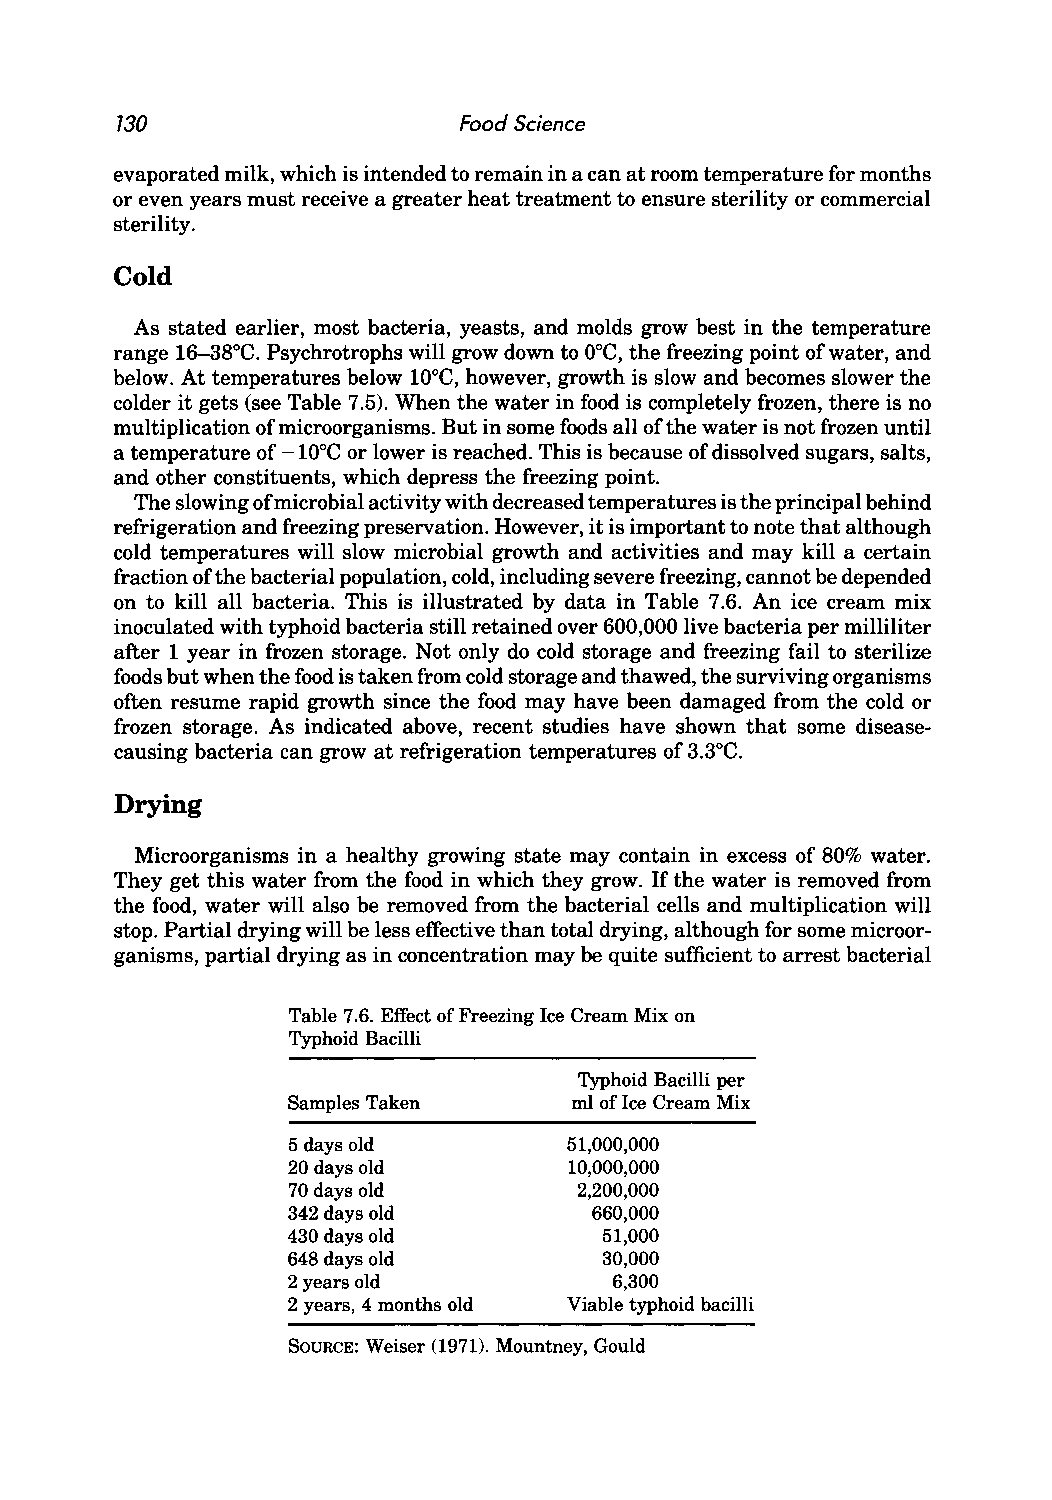
730                   Food Science
 evaporated milk, which is intended to remain in a can at room temperature for months
 or even years must receive a greater heat treatment to ensure sterility or commercial
 sterility.
 Cold
 As stated earlier, most bacteria, yeasts, and molds grow best in the temperature
 range 16--38°C. Psychrotrophs will grow down to O°C, the freezing point of water, and
 below. At temperatures below lOoC, however, growth is slow and becomes slower the
 colder it gets (see Table 7.5). When the water in food is completely frozen, there is no
 multiplication of microorganisms. But in some foods all of the water is not frozen until
 a temperature of -lOoC or lower is reached. This is because of dissolved sugars, salts,
 and other constituents, which depress the freezing point.
 The slowing of microbial activity with decreased temperatures is the principal behind
 refrigeration and freezing preservation. However, it is important to note that although
 cold temperatures will slow microbial growth and activities and may kill a certain
 fraction of the bacterial population, cold, including severe freezing, cannot be depended
 on to kill all bacteria. This is illustrated by data in Table 7.6. An ice cream mix
 inoculated with typhoid bacteria still retained over 600,000 live bacteria per milliliter
 after 1 year in frozen storage. Not only do cold storage and freezing fail to sterilize
 foods but when the food is taken from cold storage and thawed, the surviving organisms
 often resume rapid growth since the food may have been damaged from the cold or
 frozen storage. As indicated above, recent studies have shown that some disease
 causing bacteria can grow at refrigeration temperatures of 3.3°C.
 Drying
 Microorganisms in a healthy growing state may contain in excess of 80% water.
 They get this water from the food in which they grow. If the water is removed from
 the food, water will also be removed from the bacterial cells and multiplication will
 stop. Partial drying will be less effective than total drying, although for some microor
 ganisms, partial drying as in concentration may be quite sufficient to arrest bacterial
 Table 7.6. Effect of Freezing Ice Cream Mix on
 Typhoid Bacilli
 Typhoid Bacilli per
 Samples Taken      ml of Ice Cream Mix
 5 days old         51,000,000
 20 days old        10,000,000
 70 days old        2,200,000
 342 days old        660,000
 430 days old         51,000
 648 days old         30,000
 2 years old           6,300
 2 years, 4 months old Viable typhoid bacilli
 SOURCE: Weiser (1971). Mountney, Gould